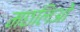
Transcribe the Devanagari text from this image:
मछलिओं